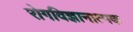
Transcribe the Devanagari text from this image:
रोगविज्ञानात्मक